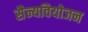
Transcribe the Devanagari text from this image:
सैन्यवियोजन